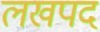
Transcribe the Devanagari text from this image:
लखपद